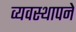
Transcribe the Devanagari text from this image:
व्यवस्थापने